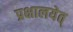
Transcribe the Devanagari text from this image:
प्रक्षालयेत्